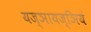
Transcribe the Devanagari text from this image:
यज्ञायज्ञियं